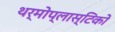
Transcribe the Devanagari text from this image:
थर्मोप्लास्टिकों